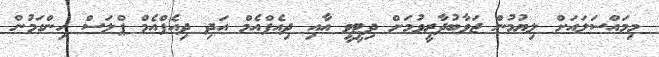
މިމައްސަލައަށް ލިޔުމުން ޖަވާބުދާރީވުމަށް ދިޓީވީ އާއި ދިއެފްއެމް އަދި ދިއެފްއެމް ޕްލަސް ހިންގަމުން